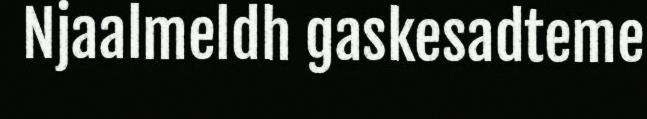
Njaalmeldh gaskesadteme